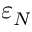
\varepsilon _ { N }